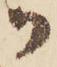
御